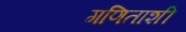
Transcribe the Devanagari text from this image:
गणिताशी